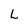
Character: L